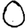
Digit: 0